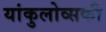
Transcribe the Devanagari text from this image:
यांकुलोव्सकी